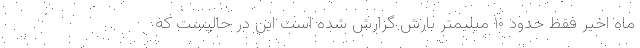
ماه اخیر فقط حدود ۱۰ میلیمتر بارش گزارش شده است این در حالیست که